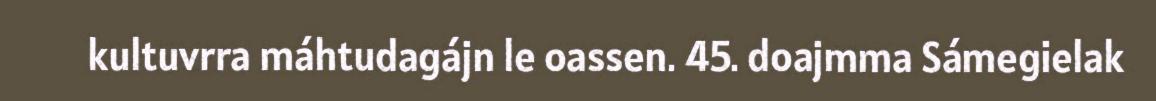
kultuvrra máhtudagájn le oassen. 45. doajmma Sámegielak